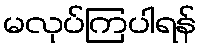
မလုပ်ကြပါရန်